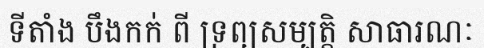
ទីតាំង បឹងកក់ ពី ទ្រព្យសម្បត្តិ សាធារណៈ